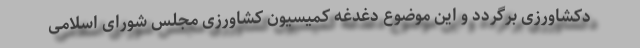
دکشاورزی برگردد و این موضوع دغدغه کمیسیون کشاورزی مجلس شورای اسلامی